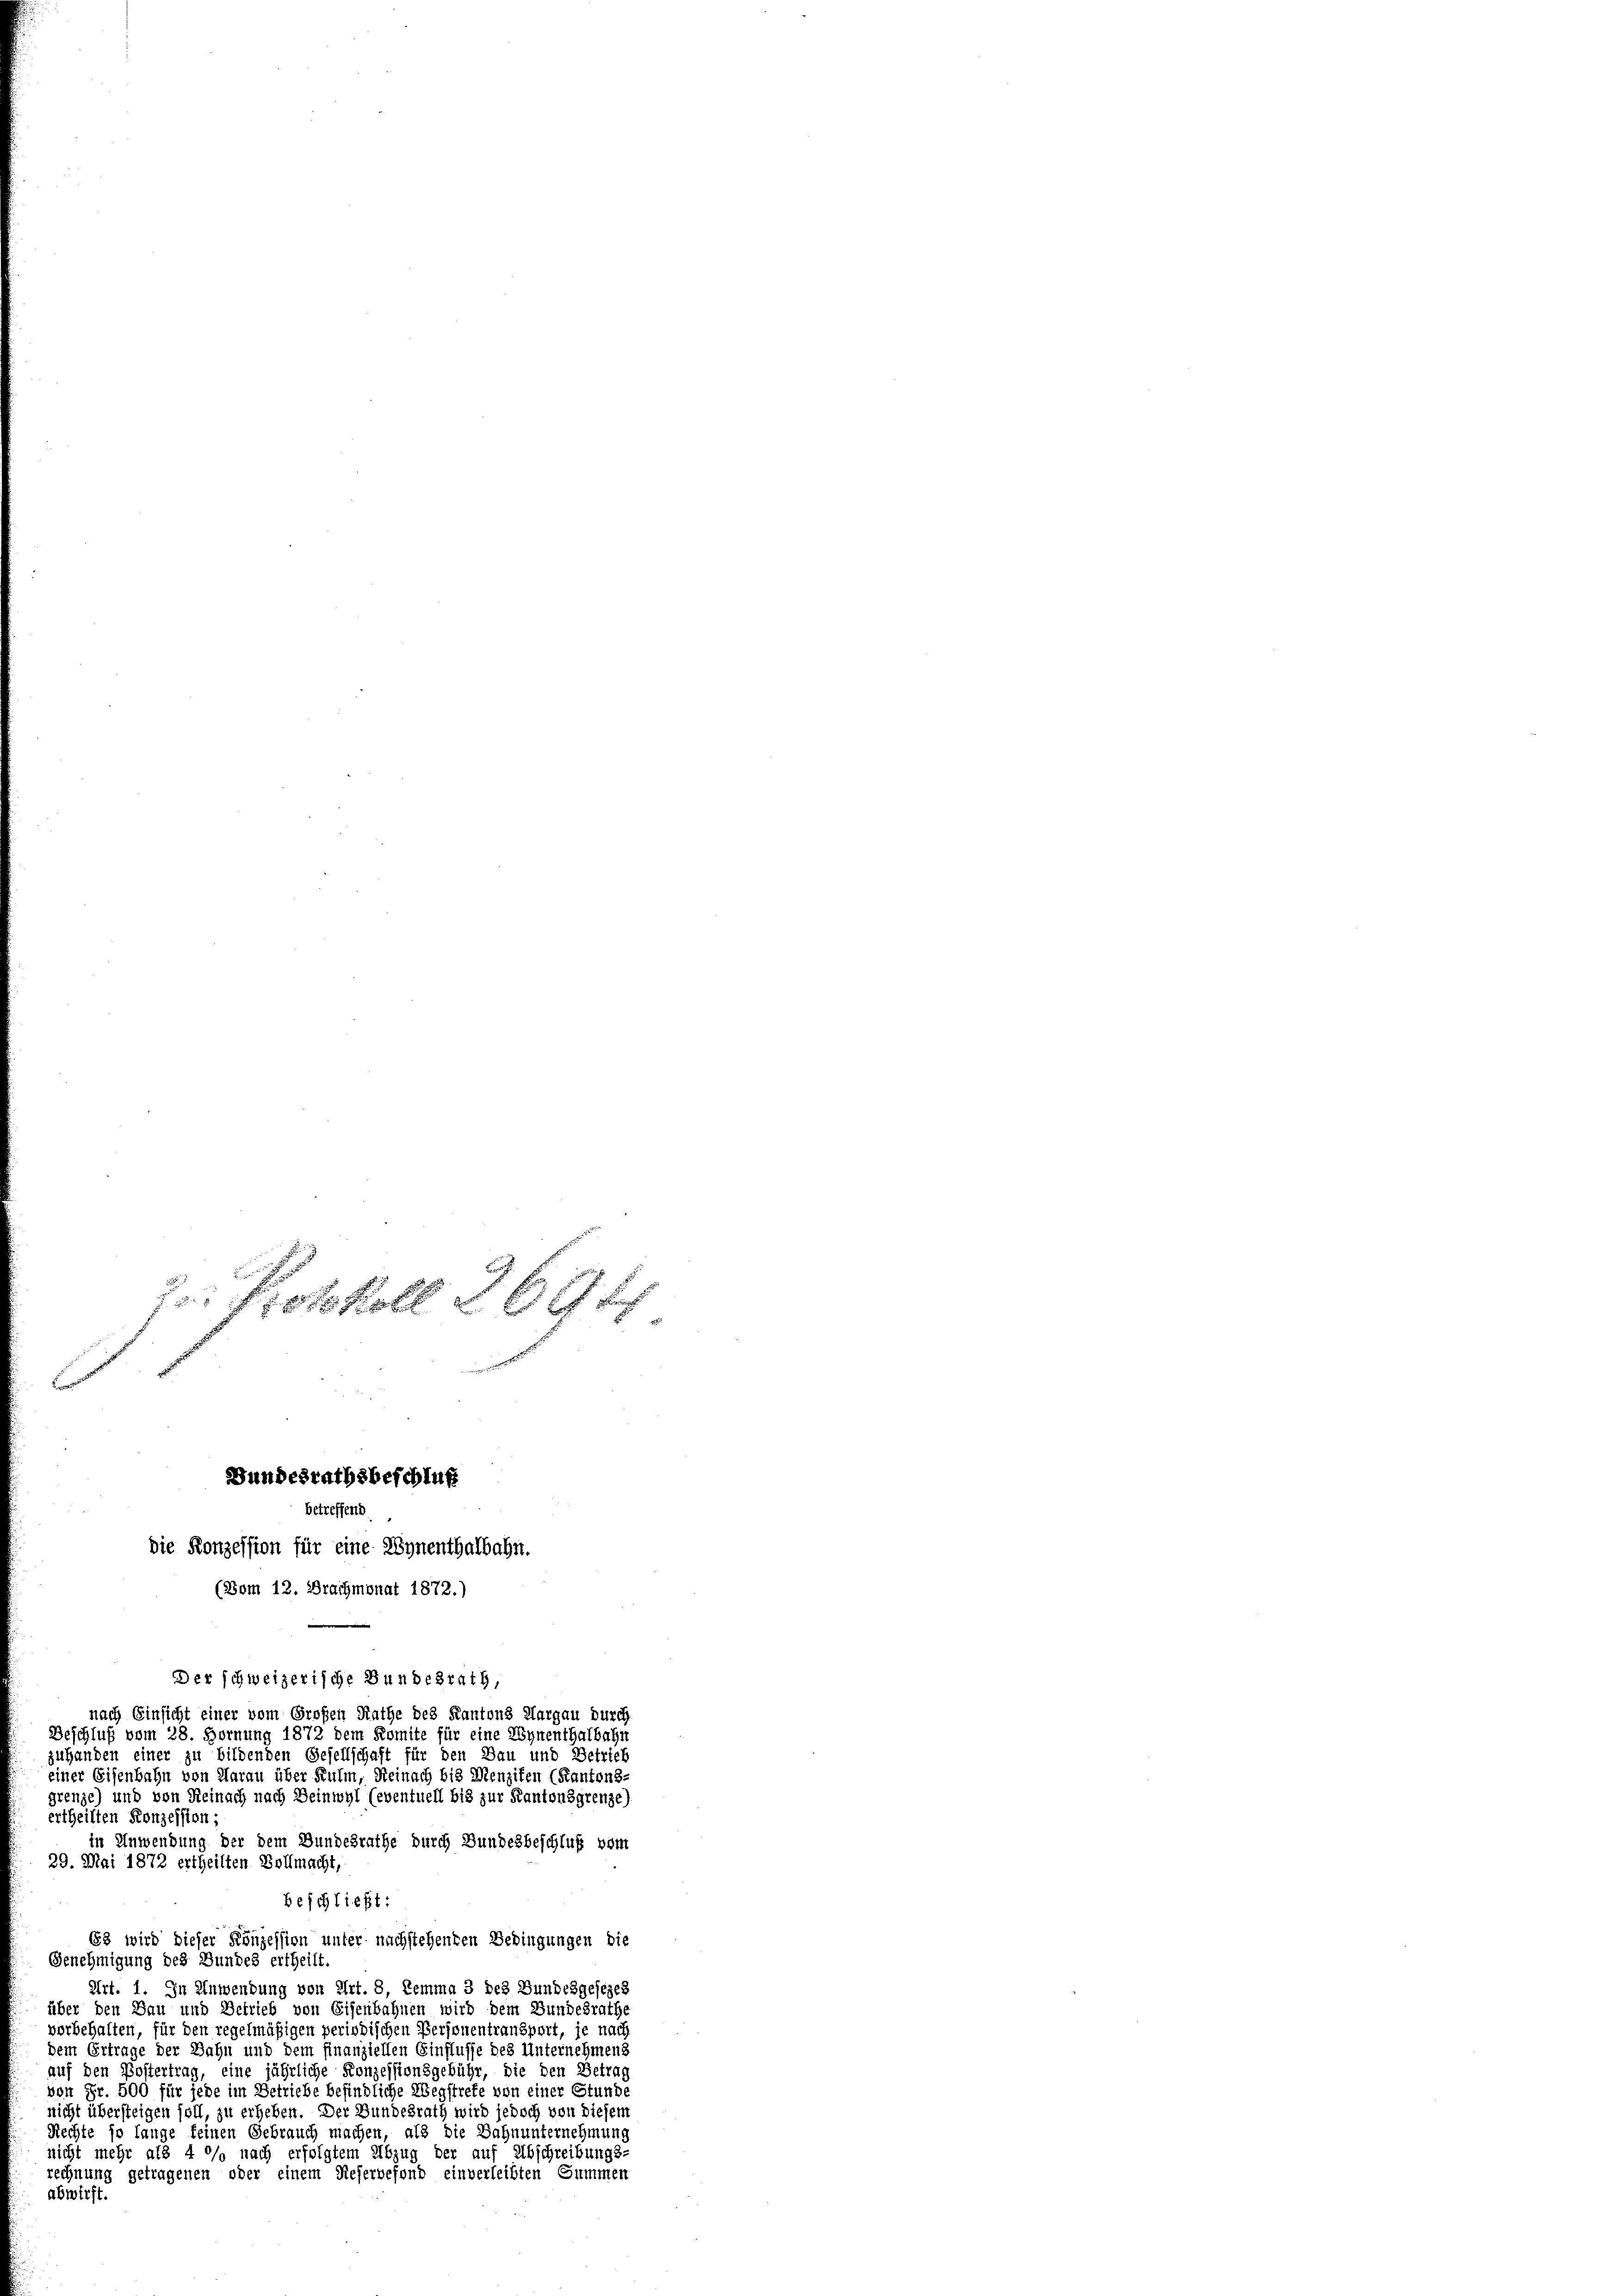
7. Protokoll 369 f
Bundesrathsbeschluß
betreffend
Die Konzession für eine Lynenthalbahn.
(Bom 12. Brachmonat 1872.)

Der schweizerische Bundesrath,
nach Einsicht einer vom Großen Rathe des Kantons Aargau durch
Beschluß vom 28. Hornung 1872 dem Komite für eine Synenthalbahn
zuhanden einer zu bildenden Gesellschaft für den Bau und Betrieb
einer Eisenbahn von Aarau über Kulm, Reinach bis Menziten (Kantons-
grenze) und von Reinach nach Beinwyl (eventuell bis zur Kantonsgrenze)
ertheilten Konzession;
in Anwendung der dem Bundesrathe durch Bundesbeschluß vom
29. Mai 1872 ertheilten Vollmacht,
beschließt:
83 wird dieser Konzession unter nachstehenden Bedingungen die
Genehmigung des Bundes ertheilt
Art. 1. In Anwendung von Art. 8, Remma 3 des Bundesgesezes
über den Bau und Betrieb von Eisenbahnen wird dem Bundesrathe
vorbehalten, für den regelmäßigen periodischen Personentransport, je nach
dem Ertrage der Bahn und dem Finanziellen Einflusse des Unternehmens
auf den Postertrag, eine jährliche Konzessionsgebühr, die den Betrag
von Fr. 500 für jede im Betriebe befindliche Wegstrete von einer Stunde
nicht übersteigen soll, zu erheben. Der Bundesrath wird jedoch von diesem
Rechte so lange keinen Gebrauch machen, als die Bahnunternehmung
nicht mehr als 4 °/o nach erfolgtem Abzug der auf Abschreibungs-
rechnung getragenen oder einem Reservefond einverleibten Summen
abwirft.

e